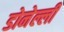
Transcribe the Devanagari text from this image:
डोनेल्ली